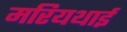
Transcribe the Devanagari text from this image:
मरियथाई